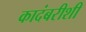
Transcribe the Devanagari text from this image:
कादंबरीशी